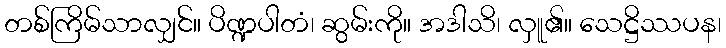
တစ်ကြိမ်သာလျှင်။ ပိဏ္ဍပါတံ၊ ဆွမ်းကို။ အဒါသိ၊ လှူ၏။ သေဋ္ဌိဿပန၊